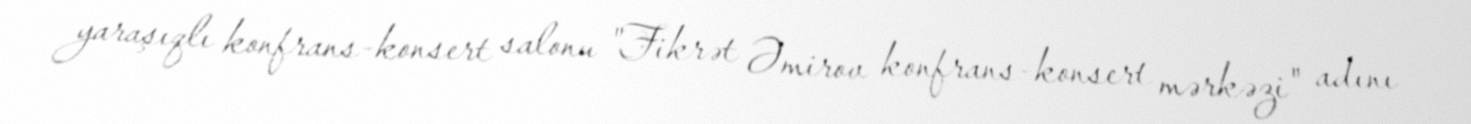
yaraşıqlı konfrans-konsert salonu "Fikrət Əmirov konfrans-konsert mərkəzi" adını